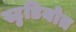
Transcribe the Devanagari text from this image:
स्टुडियोत